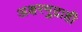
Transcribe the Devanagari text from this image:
अक्षरमुद्राही